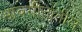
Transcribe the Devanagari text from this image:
भावगीतांतील